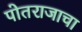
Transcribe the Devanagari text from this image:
पोतराजाचा